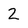
Character: 2